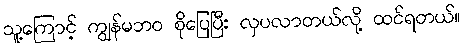
သူ့ကြောင့် ကျွန်မဘဝ စိုပြေပြီး လှပလာတယ်လို့ ထင်ရတယ်။